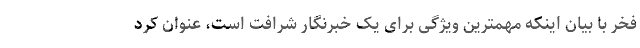
فخر با بیان اینکه مهمترین ویژگی برای یک خبرنگار شرافت است، عنوان کرد